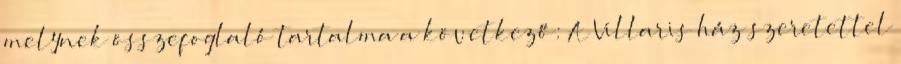
melynek összefoglaló tartalma a következő: A Villaris ház szeretettel